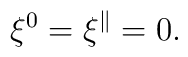
\xi^0 = \xi^\parallel = 0 .